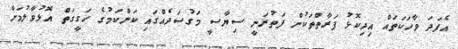
އެފަދަ ވާހަކަތައް އިދިކޮޅު ފަރާތްތަކުން ފަތުރަނީ ސިޔާސީ މަގުސަދެއްގައި ކަންކަމުގެ ހަގީގަތް އޮޅުވާލުމަށް